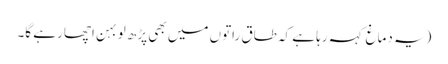
(یہ دماغ کہہ رہا ہے کہ طاق راتوں میں بھی پڑھ لو بہن اچھا رہے گا۔